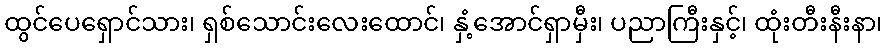
ထွင်ပေရှောင်သား၊ ရှစ်သောင်းလေးထောင်၊ နှံ့အောင်ရှာမှီး၊ ပညာကြီးနှင့်၊ ထုံးတီးနီးနာ၊